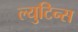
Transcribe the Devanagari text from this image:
ल्युटिन्स